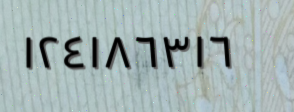
١٢٤١٨٦٣١٦